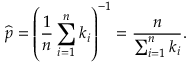
{ \widehat { p } } = \left( { \frac { 1 } { n } } \sum _ { i = 1 } ^ { n } k _ { i } \right) ^ { - 1 } = { \frac { n } { \sum _ { i = 1 } ^ { n } k _ { i } } } .